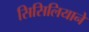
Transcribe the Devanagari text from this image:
सिसिलियाने